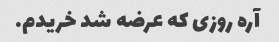
آره روزی که عرضه شد خریدم.